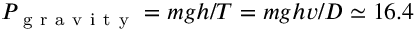
P _ { \mathrm { ~ g ~ r ~ a ~ v ~ i ~ t ~ y ~ } } = m g h / T = m g h v / D \simeq 1 6 . 4